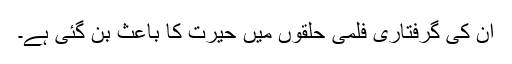
اُن کی گرفتاری فلمی حلقوں میں حیرت کا باعث بن گئی ہے۔